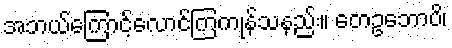
အဘယ်ကြောင့်လောင်ကြကုန်သနည်း။ တေဥဘောပိ၊